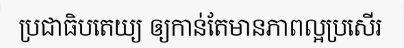
ប្រជាធិបតេយ្យ ឲ្យកាន់តែមានភាពល្អប្រសើរ